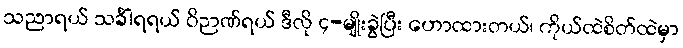
သညာရယ် သင်္ခါရရယ် ဝိဉာဏ်ရယ် ဒီလို ၄-မျိုးခွဲပြီး ဟောထားတယ်၊ ကိုယ်ထဲစိတ်ထဲမှာ